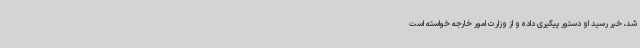
شد، خبر رسید او دستور پیگیری داده و از وزارت امور خارجه خواسته است